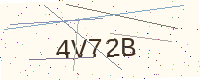
Text: 4V72B